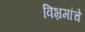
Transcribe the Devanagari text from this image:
विभ्रमांचे